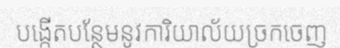
បង្កើតបន្ថែមនូវការិយាល័យច្រកចេញ